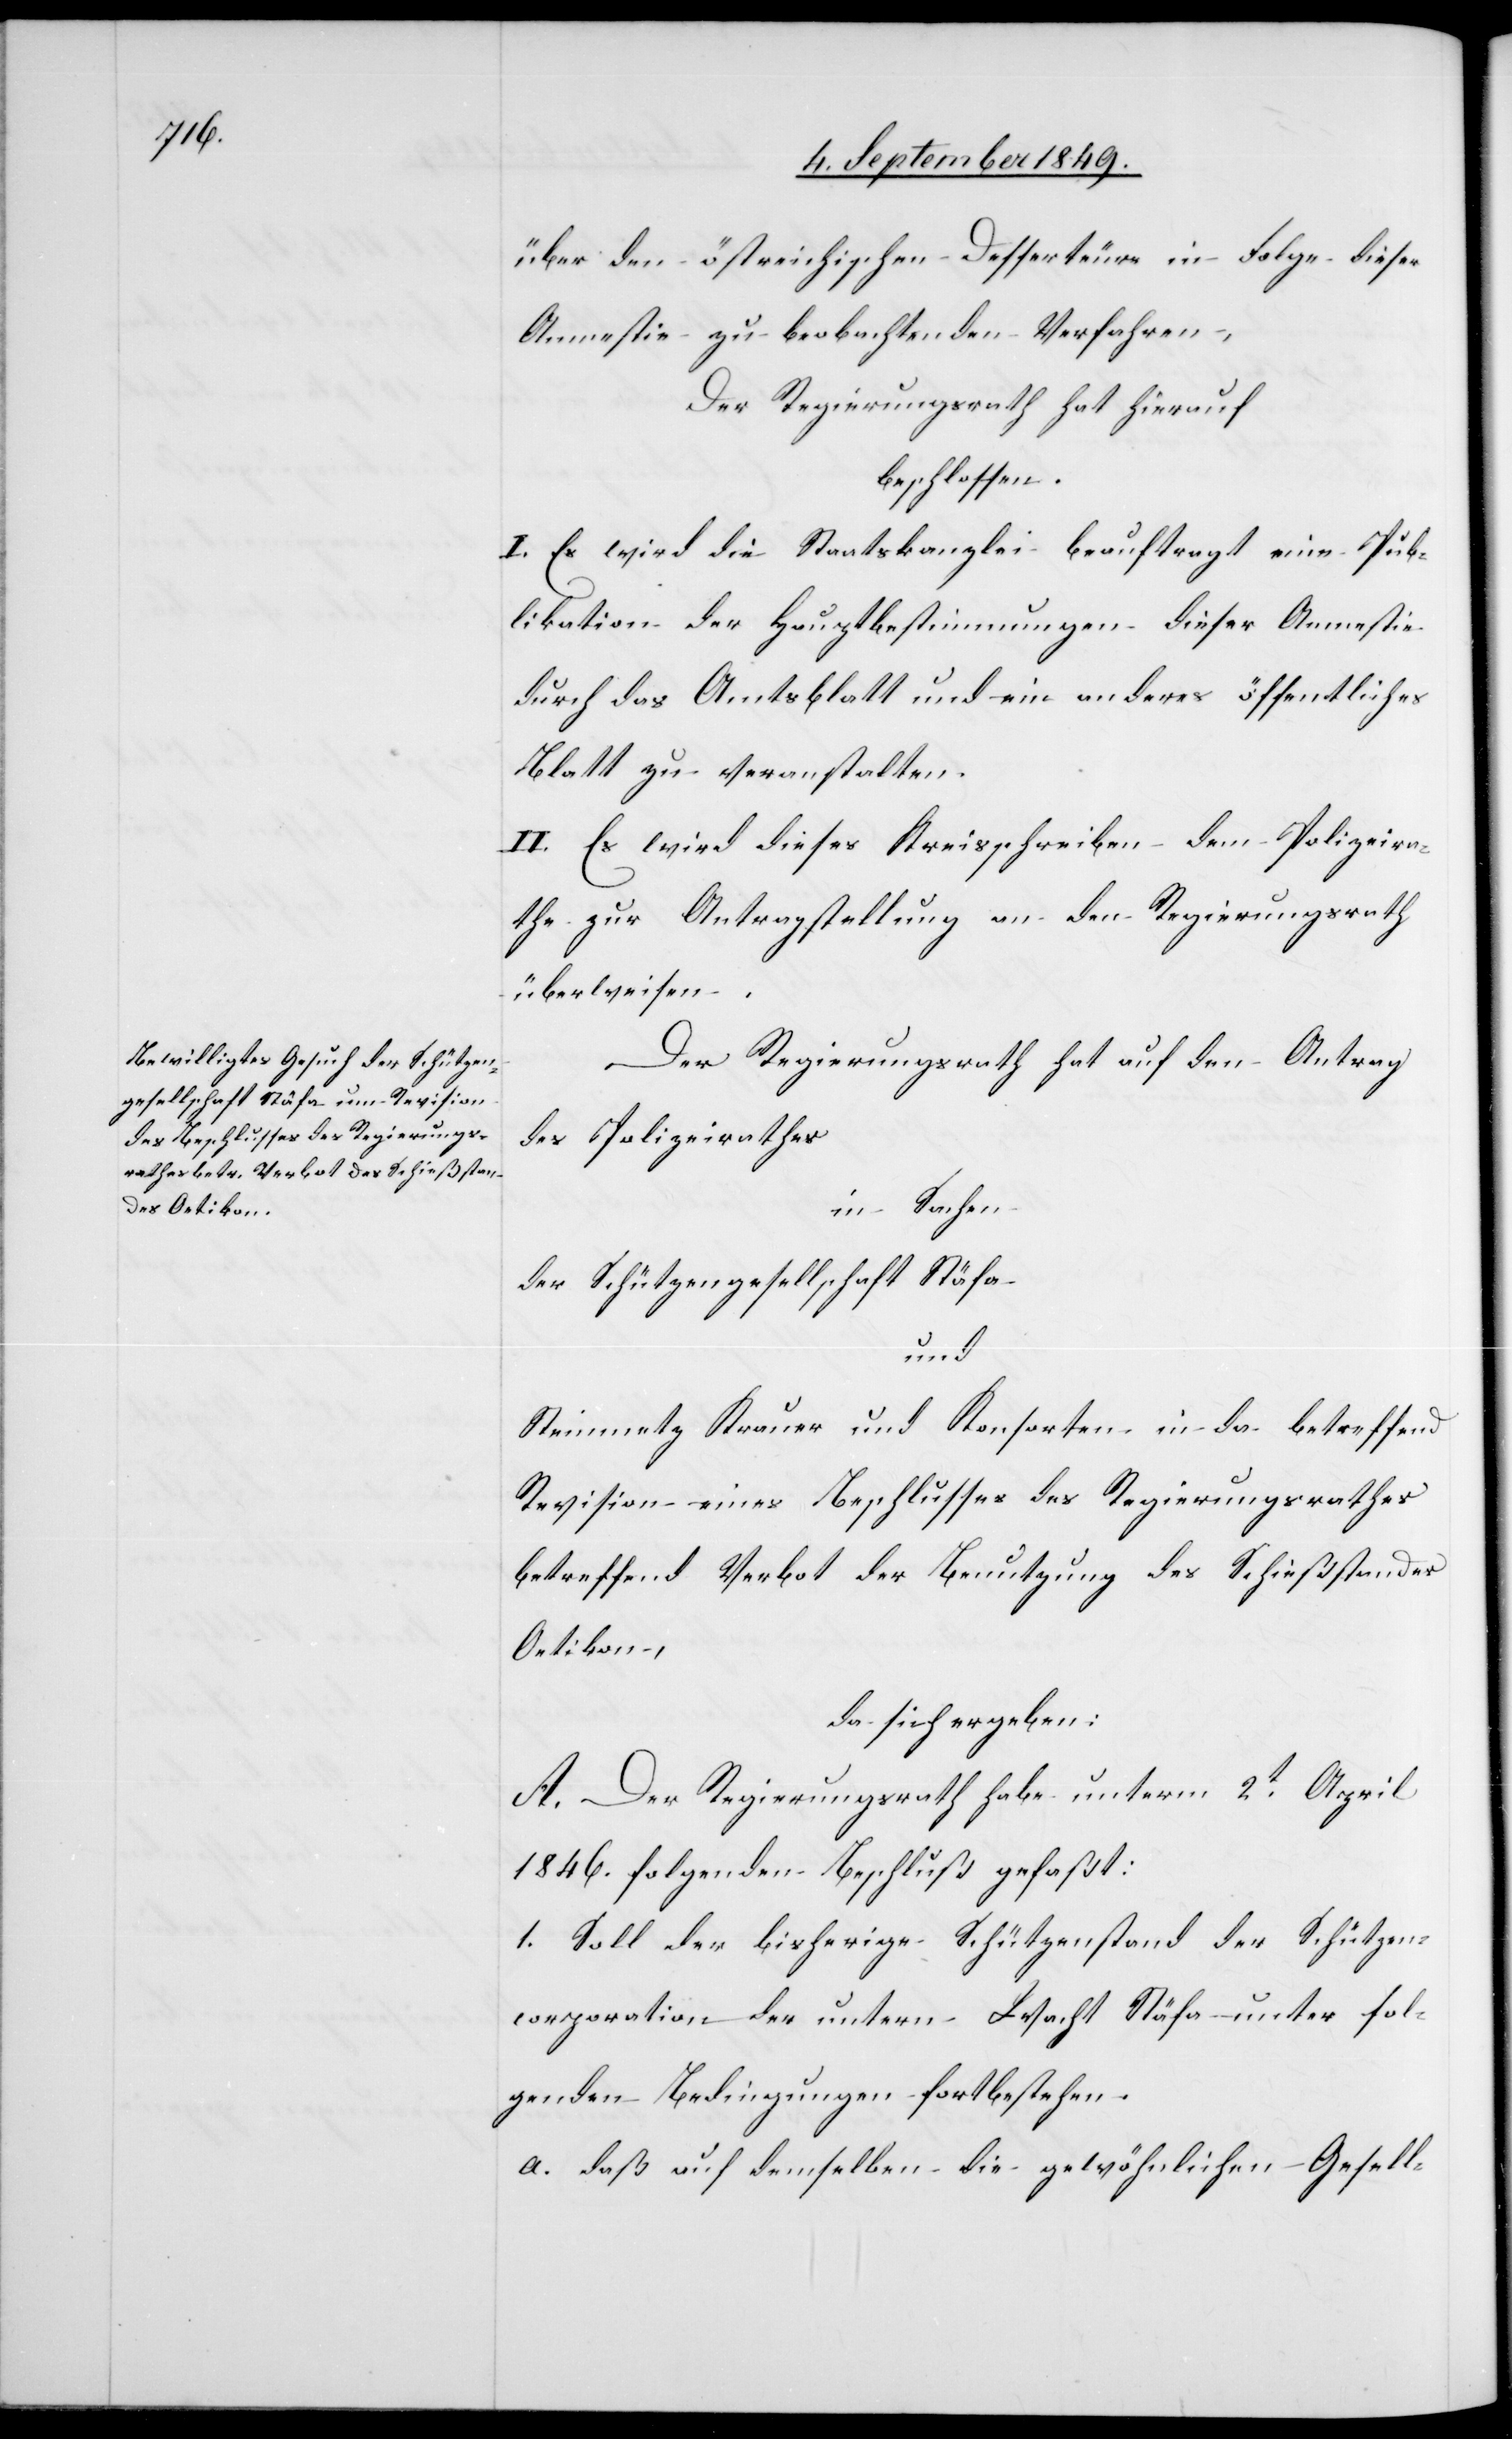
über den östreichischen Desserteurs in Folge dieser
Amnestie zu beobachtenden Verfahren,
Der Regierungsrath hat hierauf
beschlossen:
I. Es wird die Staatskanzlei beauftragt eine Pub¬
likation der Hauptbestimmungen dieser Amnestie
durch das Amtsblatt und ein anderes öffentliches
Blatt zu veranstalten.
II. Es wird dieses Kreisschreiben dem Polizeira¬
the zur Antragstellung an den Regierungsrath
überwiesen.
Der Regierungsrath hat auf den Antrag
des Polizeirathes
in Sachen
der Schützengesellschaft Stäfa
und
Steinmetz Krauer und Konsorten in da betreffend
Revision eines Beschlusses des Regierungsrathes
betreffend Verbot der Benutzung des Schießstandes
Oetikon,
da sich ergeben:
A. Der Regierungsrath habe unterm 2t April
1846. folgenden Beschluß gefaßt:
1. Soll der bisherige Schützenstand der Schützen¬
corporation der untern Wacht Stäfa unter fol¬
genden Bedingungen fortbestehen.
daß auf demselben die gewöhnlichen Gesell-